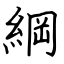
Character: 綱